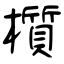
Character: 櫍